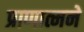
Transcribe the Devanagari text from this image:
प्राणात्मने